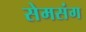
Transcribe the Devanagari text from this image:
सेमसंग